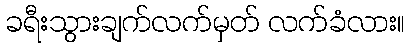
ခရီးသွားချက်လက်မှတ် လက်ခံလား။